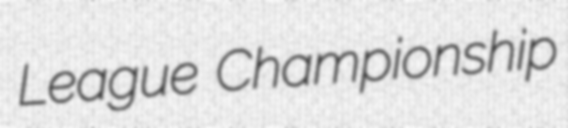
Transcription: League Championship